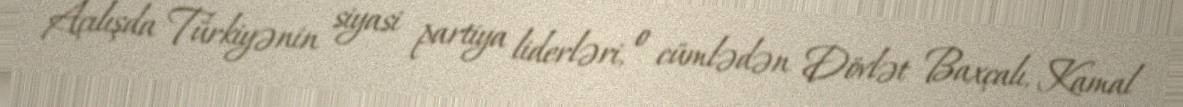
Açılışda Türkiyənin siyasi partiya liderləri, o cümlədən Dövlət Baxçalı, Kamal